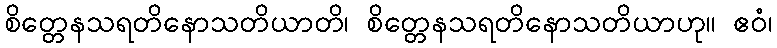
စိတ္တေနသရတိနောသတိယာတိ၊ စိတ္တေနသရတိနောသတိယာဟု။ ဧဝံ၊